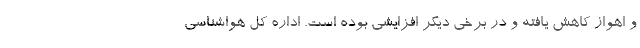
و اهواز کاهش یافته و در برخی دیگر افزایشی بوده است. اداره کل هواشناسی